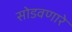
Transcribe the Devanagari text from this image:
सोडवणारे